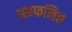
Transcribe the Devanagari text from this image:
अप्रफलित